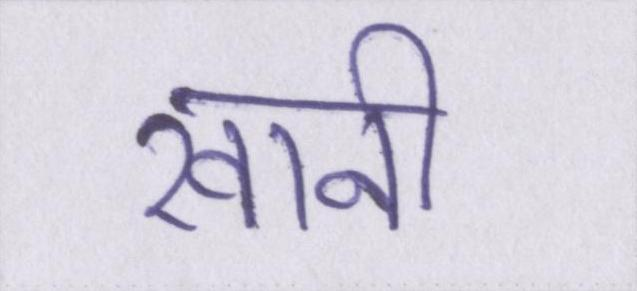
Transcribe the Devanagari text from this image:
खानी